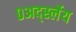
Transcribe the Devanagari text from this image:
०अर्द्स्लेय